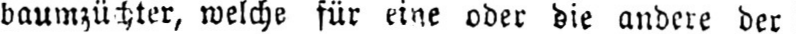
baumzüchter, welche für eine oder die andere der